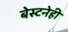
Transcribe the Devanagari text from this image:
बेस्टनेही